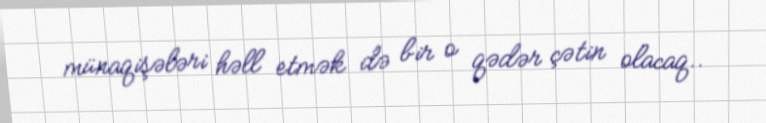
münaqişələri həll etmək də bir o qədər çətin olacaq..